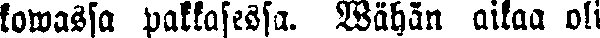
kowassa pakkasessa. Wähän aikaa oli